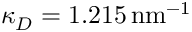
\kappa _ { D } = 1 . 2 1 5 \, \mathrm { { n m } ^ { - 1 } }